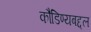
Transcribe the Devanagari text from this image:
कौडिण्यबद्दल